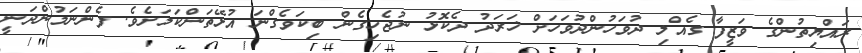
ރައްޔިތުންގެ ވަޒީފާ ގެއްލި ދުވަހުންދުވަހަށް ޚަރަދު ދެކޮޅު ނުޖެހިގެން ބިކަވެގްނަ އުޅޭތަންކަމަށެވެ. ފެންނަމުންދަނީ